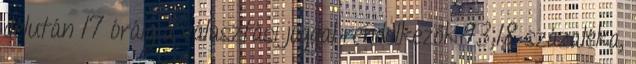
délután 17 óráig a választási joggal rendelkezők 93,18 százaléka,